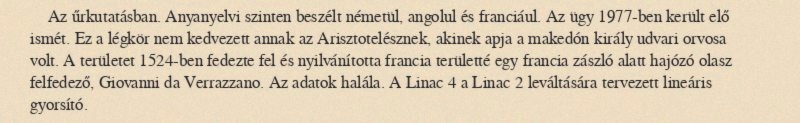
Az űrkutatásban. Anyanyelvi szinten beszélt németül, angolul és franciául. Az ügy 1977-ben került elő ismét. Ez a légkör nem kedvezett annak az Arisztotelésznek, akinek apja a makedón király udvari orvosa volt. A területet 1524-ben fedezte fel és nyilvánította francia területté egy francia zászló alatt hajózó olasz felfedező, Giovanni da Verrazzano. Az adatok halála. A Linac 4 a Linac 2 leváltására tervezett lineáris gyorsító.